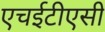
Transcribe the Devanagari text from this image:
एचईटीएसी